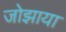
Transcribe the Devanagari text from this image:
जोझाया